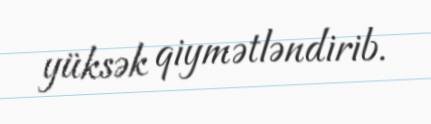
yüksək qiymətləndirib.